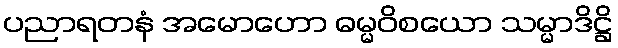
ပညာရတနံ အမောဟော ဓမ္မဝိစယော သမ္မာဒိဋ္ဌိ